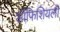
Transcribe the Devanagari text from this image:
ऑफिशियली